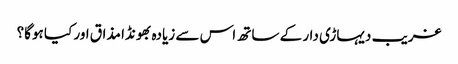
غریب دیہاڑی دار کے ساتھ اس سے زیادہ بھونڈا مذاق اور کیا ہوگا؟